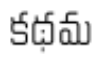
కథమ